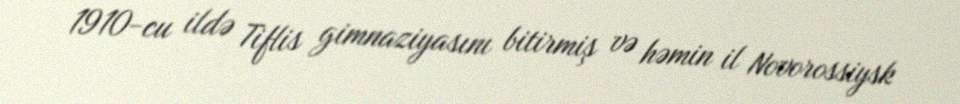
1910-cu ildə Tiflis gimnaziyasını bitirmiş və həmin il Novorossiysk